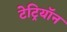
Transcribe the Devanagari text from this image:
टेट्रियॉन